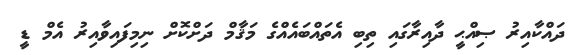
ދައްކާއިރު ޞިއްޙީ ދާއިރާގައި ތިބި އެތައްބައެއްގެ މަޤާމް ދަށްކޮށް ނިމިފައިވާއިރު އެމް ޑީ